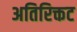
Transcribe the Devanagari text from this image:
अतिरिक्तट